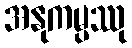
အနုကမ္ပဿု